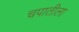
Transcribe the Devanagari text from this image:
चपातीला